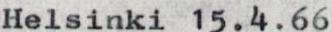
Helsinki 15.4.66